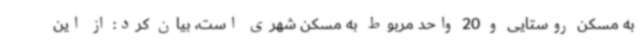
به مسکن روستایی و 20 واحد مربوط به مسکن شهری است، بیان کرد: از این